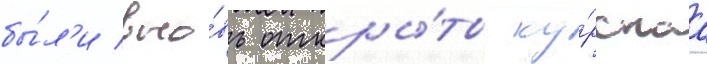
бы́л'и вно́вь откры́ты ку́рскаа